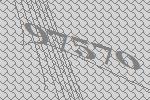
97570